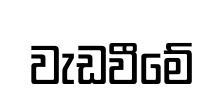
වැඩවීමේ